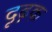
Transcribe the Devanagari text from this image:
दृढ़क